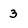
Character: 3